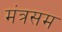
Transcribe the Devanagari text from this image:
मंत्रसम